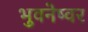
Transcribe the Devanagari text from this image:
भुवनेष्वर